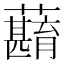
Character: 蘛